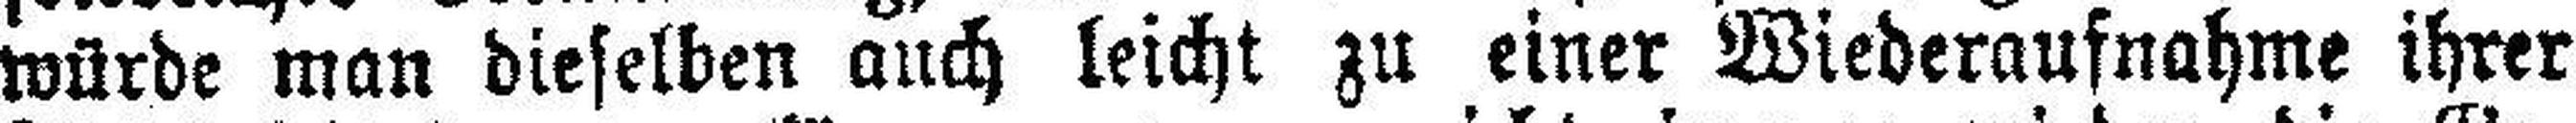
würde man dieselben auch leicht zu einer Wiederaufnahme ihrer